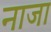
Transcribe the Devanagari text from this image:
नाजा